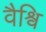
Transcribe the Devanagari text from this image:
वैश्वि